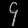
Digit: ၄